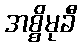
အစ္စိမုခီ